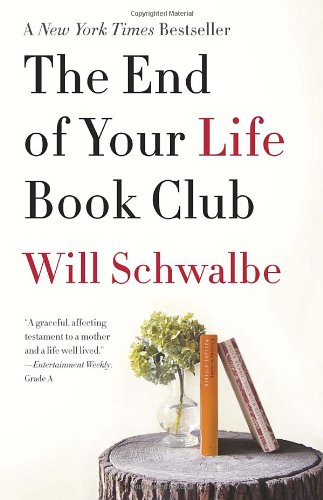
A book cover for The End of Your Life Book Club; Will Schwalbe; Literature & Fiction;